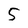
Character: 5